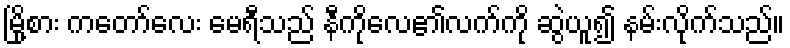
မြို့စား ကတော်လေး မေရီသည် နီကိုလေ၏လက်ကို ဆွဲယူ၍ နမ်းလိုက်သည်။